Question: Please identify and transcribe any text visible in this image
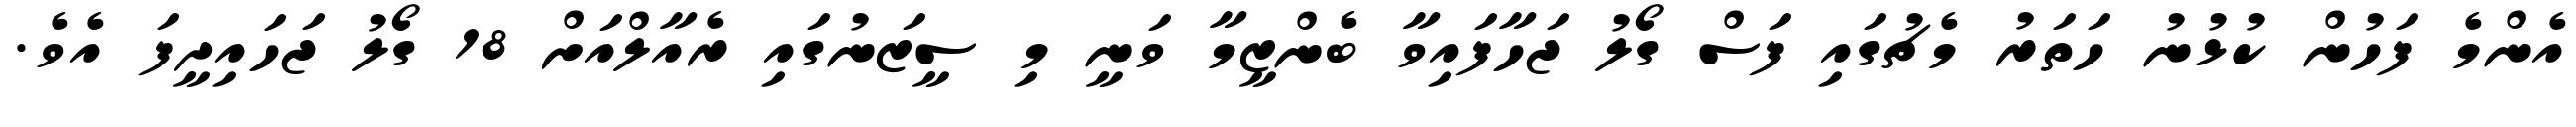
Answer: އެންމެ ފަހުން ކުޅުނު ހަތަރު މެޗުގައި ފަސް ގޯލު ޖަހާފައިވާ ބެންޒީމާ ވަނީ މި ސީޒަނުގައި ރެއާލްއަށް 18 ގޯލު ޖަހައިދީފަ އެވެ.